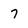
Character: 7